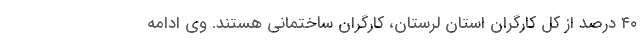
۴۰ درصد از کل کارگران استان لرستان، کارگران ساختمانی هستند. وی ادامه